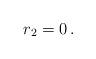
LaTeX: \begin{align*}r_2=0\,.\end{align*}